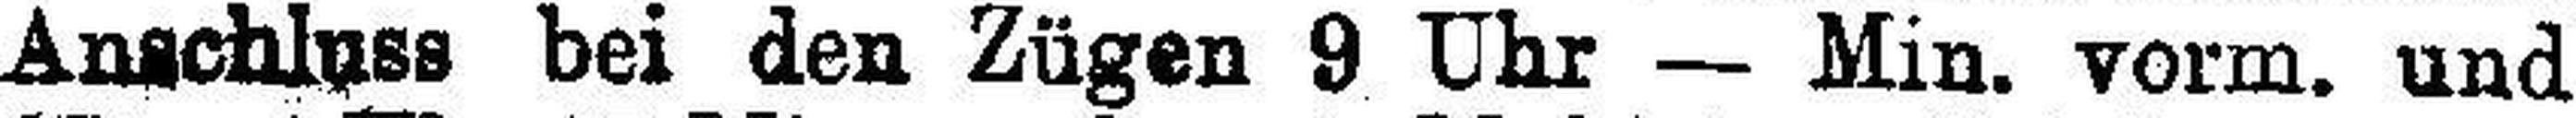
Anschluss bei den Zügen 9 Uhr — Min. vorm. und